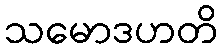
သမောဒဟတိ